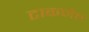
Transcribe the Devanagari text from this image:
टाकणेच